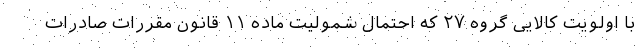
با اولویت کالایی گروه ۲۷ که احتمال شمولیت ماده ۱۱ قانون مقررات صادرات